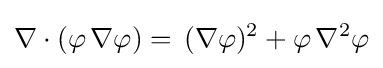
\nabla \cdot (\varphi \,\nabla \varphi )=\,(\nabla \varphi )^{2}+\varphi \,\nabla ^{2}\varphi